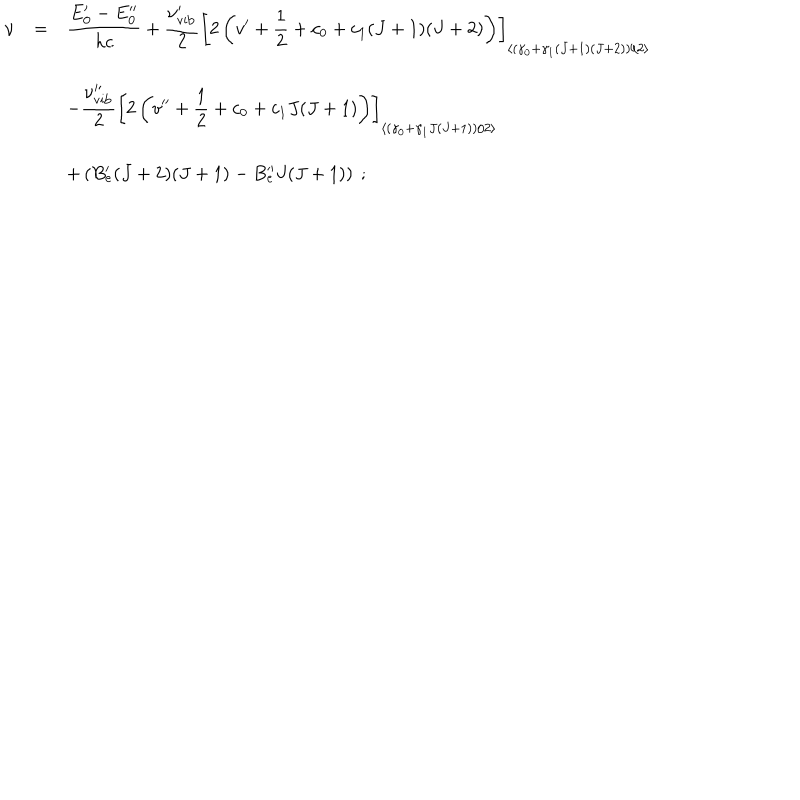
\begin{array} { r c l } { { \nu } } & { { = } } & { { \displaystyle \frac { E _ { 0 } ^ { \prime } - E _ { 0 } ^ { \prime \prime } } { h c } + \displaystyle \frac { \nu _ { \mathrm { v i b } } ^ { \prime } } { 2 } \left[ 2 \left( v ^ { \prime } + { \frac { 1 } { 2 } } + c _ { 0 } + c _ { 1 } ( J + 1 ) ( J + 2 ) \right) \right] _ { \left< \left( \gamma _ { 0 } + \gamma _ { 1 } ( J + 1 ) ( J + 2 ) \right) / 2 \right> } } } \\ { { } } & { { } } & { { - \displaystyle \frac { \nu _ { \mathrm { v i b } } ^ { \prime \prime } } { 2 } \left[ 2 \left( v ^ { \prime \prime } + { \frac { 1 } { 2 } } + c _ { 0 } + c _ { 1 } J ( J + 1 ) \right) \right] _ { \left< \left( \gamma _ { 0 } + \gamma _ { 1 } J ( J + 1 ) \right) / 2 \right> } } } \\ { { } } & { { } } & { { + \left( B _ { e } ^ { \prime } ( J + 2 ) ( J + 1 ) - B _ { e } ^ { \prime \prime } J ( J + 1 ) \right) ~ ; } } \\ \end{array}